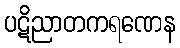
ပဋိညာတကရဏေန